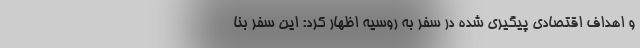
و اهداف اقتصادی پیگیری شده در سفر به روسیه اظهار کرد: این سفر بنا